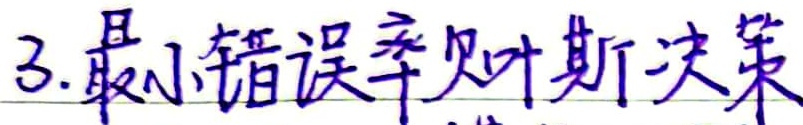
3.最小错误率贝叶斯决策